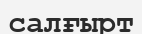
салғырт